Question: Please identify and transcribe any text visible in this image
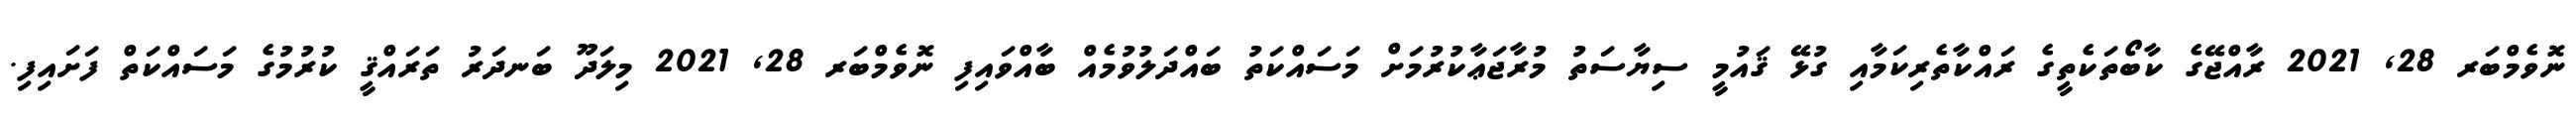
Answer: ނޮވެމްބަރ 28, 2021 ރާއްޖޭގެ ކާބޯތަކެތީގެ ރައްކާތެރިކަމާއި ގުޅޭ ޤައުމީ ސިޔާސަތު މުރާޖަޢާކުރުމަށް މަސައްކަތު ބައްދަލުވުމެއް ބާއްވައިފި ނޮވެމްބަރ 28, 2021 މިލަދޫ ބަނދަރު ތަރައްޤީ ކުރުމުގެ މަސައްކަތް ފަށައިފި.